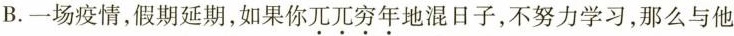
B.一场疫情，假期延期，如果你兀兀穷年地混日子，不努力学习，那么与他